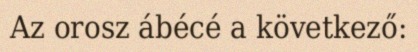
Az orosz ábécé a következő: